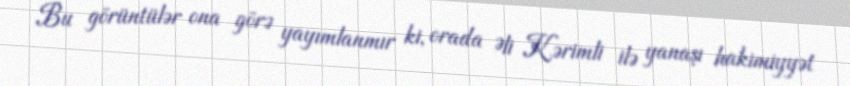
Bu görüntülər ona görə yayımlanmır ki, orada Əli Kərimli ilə yanaşı hakimiyyət